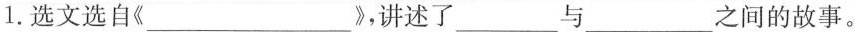
1.选文选自《___》，讲述了___与___之间的故事。